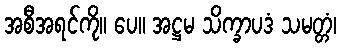
အစီအရင်ကို။ ပေ။ အဋ္ဌမ သိက္ခာပဒံ သမတ္တံ၊